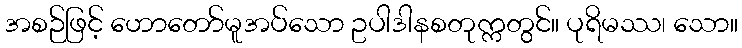
အစဉ်ဖြင့် ဟောတော်မူအပ်သော ဥပါဒါနစတုက္ကတွင်။ ပုရိမဿ၊ သော။